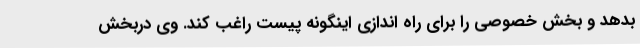
بدهد و بخش خصوصی را برای راه اندازی اینگونه پیست راغب کند. وی دربخش